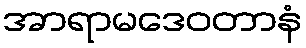
အာရာမဒေဝတာနံ